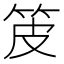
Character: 𤿤